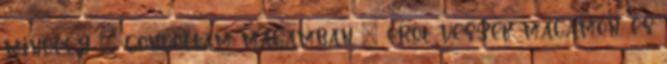
mindegy – gondoltam magamban – erőt veszek magamon, és